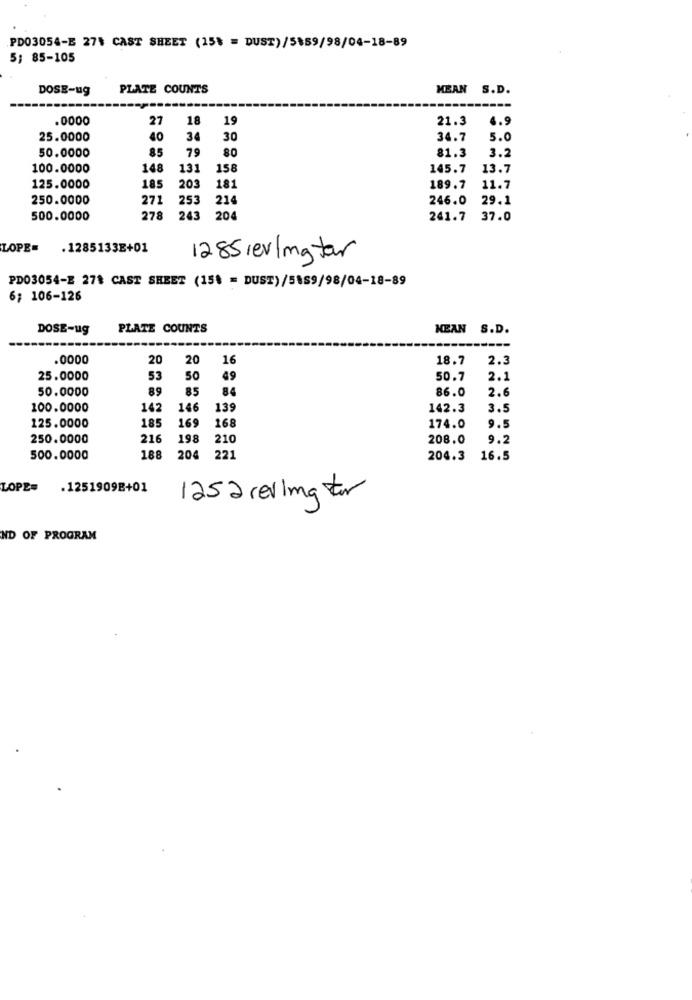
PD03054-E 274 CAST SHEET (15% = DUST) /5159/98/04-18-89
5; 85-105
DOSE-ug
PLATE COUNTS
MEAN S.D.
.0000
27
18
19
21.3
6.9
25.0000
40
34
30
34.7
5.0
85
79
80
50.0000
81.3
3.2
100.0000
148
131
158
145.7
13.7
203
125.0000
185
181
189.7
11.7
250.0000
271
253
21
246.0
29.1
500.0000
278
243
200
241.7 37.0
LOPE=
.1285133E+01
1285rev|mg tar
PD03054-E 27# CAST SHEET (15% = DUST)/5159/98/04-18-89
6; 106-126
DOSE-ug
PLATE COUNTS
MEAN S.D.
.0000
20
20
16
18.7
2.3
25.0000
53
50
49
50.7
2.1
50.0000
89
85
84
86.0
2.6
100.0000
14:
146
139
142.3
3.5
18!
169
168
125.0000
174.0
9.5
250.0000
216
198
210
208.0
9.2
500.0000
188
204
221
204.3
16.5
LOPE=
.1251909B+01
1252 reling for
ND OF PROGRAM